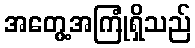
အတွေ့အကြုံရှိသည်